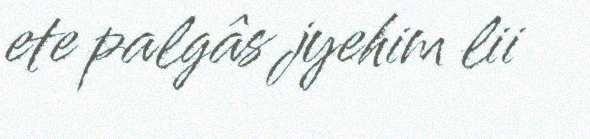
ete palgâs jyehim lii